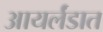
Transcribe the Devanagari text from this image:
आयर्लंडात